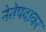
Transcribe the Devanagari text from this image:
नेतेपदावर